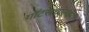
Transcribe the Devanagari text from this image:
गॉटसचाल्क